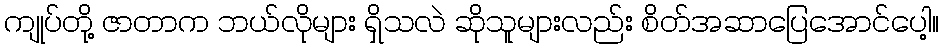
ကျုပ်တို့ ဇာတာက ဘယ်လိုများ ရှိသလဲ ဆိုသူများလည်း စိတ်အဆာပြေအောင်ပေါ့။